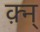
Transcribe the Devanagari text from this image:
क़्न्